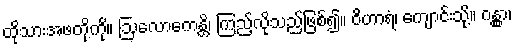
ထိုသားအဖတို့ကို။ ဩလောကေန္တိ၊ ကြည့်လိုသည်ဖြစ်၍။ ဝိဟာရံ၊ ကျောင်းသို့။ ဂန္တွာ၊